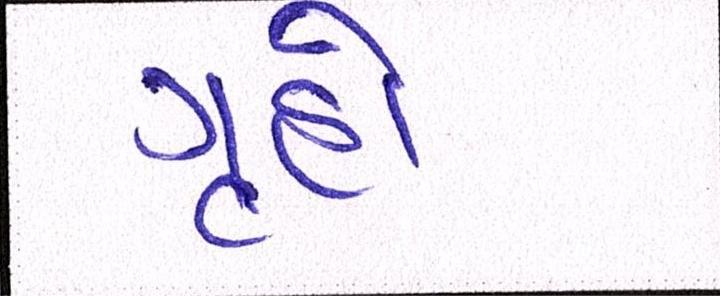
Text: ગૃહો